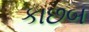
કાછબ